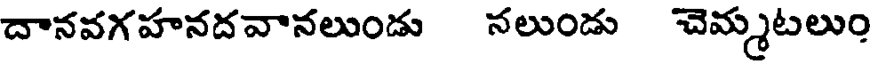
దానవగహనదవానలుండు సలుండు చెమ్మటలుం